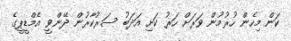
ކަން މިހެން ހުރުމުން ވަރަށް ހަރު ކަށި އަދަބު ސަރުކާރުން ދޭންވީ އެމްޑީޕީގެ